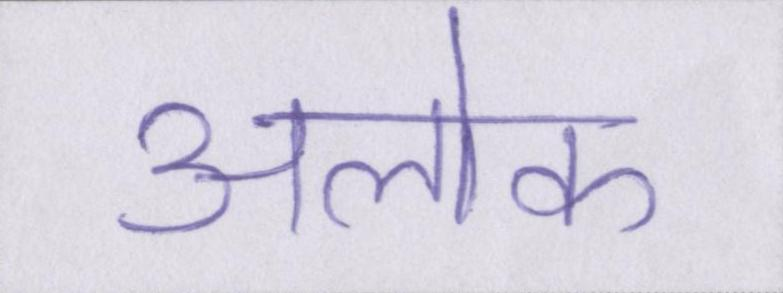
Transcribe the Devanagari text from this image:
अलोक